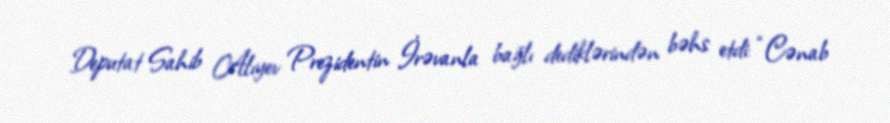
Deputat Sahib Alıyev Prezidentin İrəvanla bağlı dediklərindən bəhs etdi: “Cənab